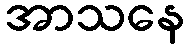
အာသနေ